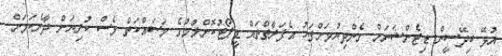
އުޅޭ ބިދޭސީން ޑިޓެންޝަނަށް ގެންދިޔުމަށްފަހު އެފަރާތްތައް ޑީޕޯޓުކޮށްލުމުގެ މަސައްކަތް ވެސް ކުރިޔަށް ދާނެކަމަށް